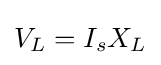
V_{L}=I_{s}X_{L}